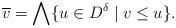
LaTeX: \begin{align*} \overline{v}=\bigwedge\{u\in D^\delta\mid v\leq u\}.\end{align*}